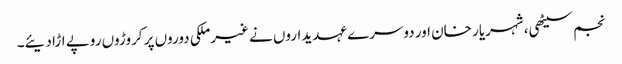
نجم سیٹھی، شہریار خان اور دوسرے عہدیداروں نے غیرملکی دوروں پر کروڑوں روپے اڑا دیئے۔